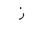
Letter: _zay